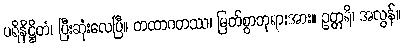
ပရိနိဋ္ဌိတံ၊ ပြီးဆုံးလေပြီ။ တထာဂတဿ၊ မြတ်စွာဘုရားအား။ ဥတ္တရိ၊ အလွန်။